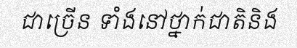
ជាច្រើន ទាំងនៅថ្នាក់ជាតិនិង